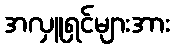
အလှူရှင်များအား